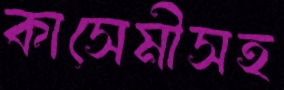
কাসেমীসহ